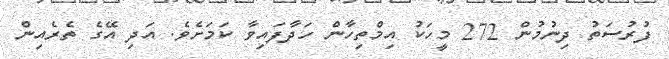
ފުރުސަތު ދިނުމުން 272 މީހަކު އިމްތިހާން ހަދާފައިވާ ކަމަށެވެ. އަދި އޭގެ ތެރެއިން